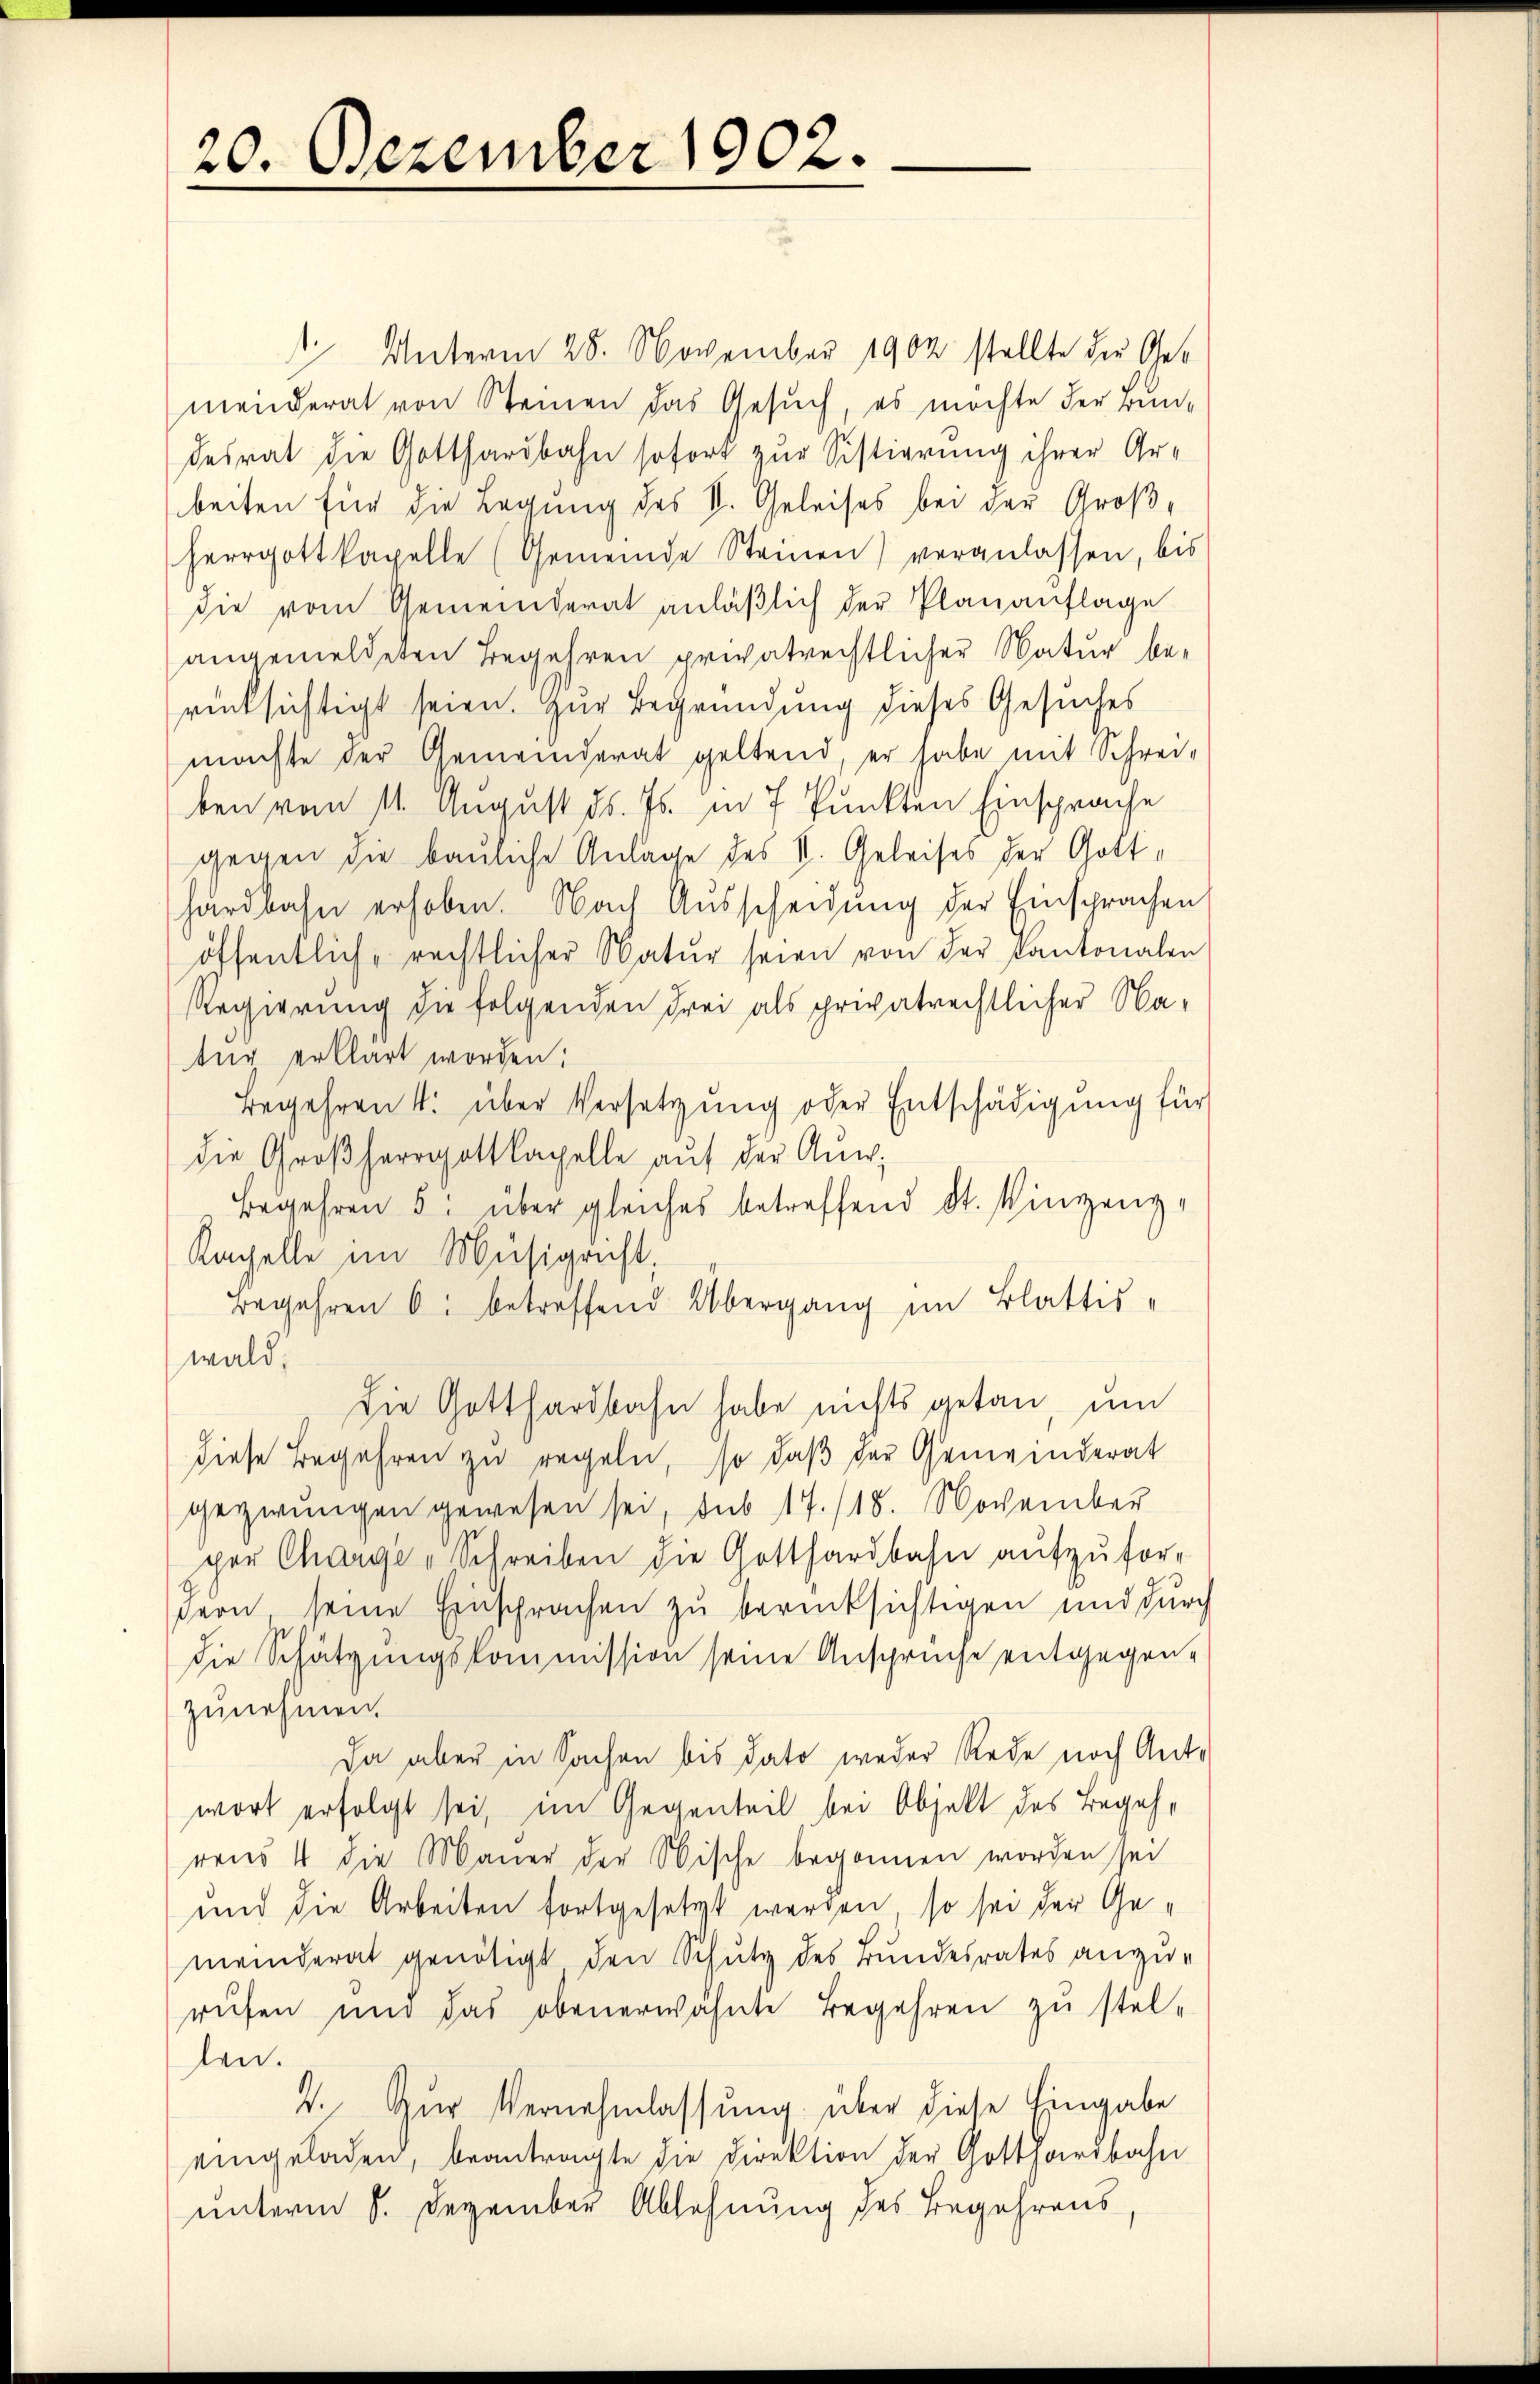
20. Dezember 1902.

Unterm 28. November 1902 stellte die Gemenderat von Steinen das Gesuch, es möchte der Bun-
desrat die Gotthardbahn sofort zur Sistierung ihrer Arbeiten für die Legung des V. Geleises bei der Groß¬
Herrgottkapelle (Gemeinde Steinen) veranlassen, bis
die vom Gemeinderat anläßlich der Planauflage
angemeldeten Begehren privatrechtlicher Natur berücksichtigt seien. Zur Begründung dieses Gesuches
machte der Gemeinderat geltend, er habe mit Schrei-
ben vom 11. August ds. Js. in 7 Punkten Einsprache
gegen die bauliche Anlage des V. Geleises der Gott-
hardbahn erhoben. Nach Ausscheidung der Einsprachen
öffentlich, rechtlicher Natur seien von der Kantonalen
Regierung die folgenden drei als privatrechtlicher Na-
tug erklärt worden;
Begehren 4. über Versetzung oder Entschädigung für
die Großherrgottkapelle auf der Auw,
Begehren 5: über gleiches betreffend St. Vinzeng¬
Kapelle im Musigricht,
Begehren 6: betreffend Übergang im Blattis-
wald,
die Gotthardbahn habe nichts getan, um
diese Begehren zu regeln, so daβ der Gemeinderat
gezwungen gewesen sei, sub 17./18. November
per Charge u Schreiben die Gotthardbahn aufzuforstern, seine Einsprachen zu berücksichtigen und durch
die Schätzungskommission seine Ansprüche entgegenzunehmen.
Da aber in Sachen bis dato weder Rede nach Anto
wort erfolgt sei, im Gegenteil bei Objekt des Begehrens 4 die Mauer der Nische begonnen worden sei
und die Arbeiten fortgesetzt werden, so sei der Gemeinderat genötigt den Schutz des Bundesrates anzu-
rufen und das obenerwähnte Begehren zu stellen.
2. Zŭr Vernehmlassung über diese Eingabe
eingeladen, beantragte die Direktion der Gotthardbahn
unterm 8. Dezember Ablehnung des Begehrens